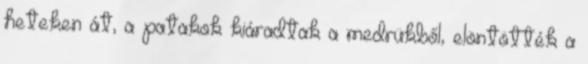
heteken át, a patakok kiáradtak a medrükből, elöntötték a